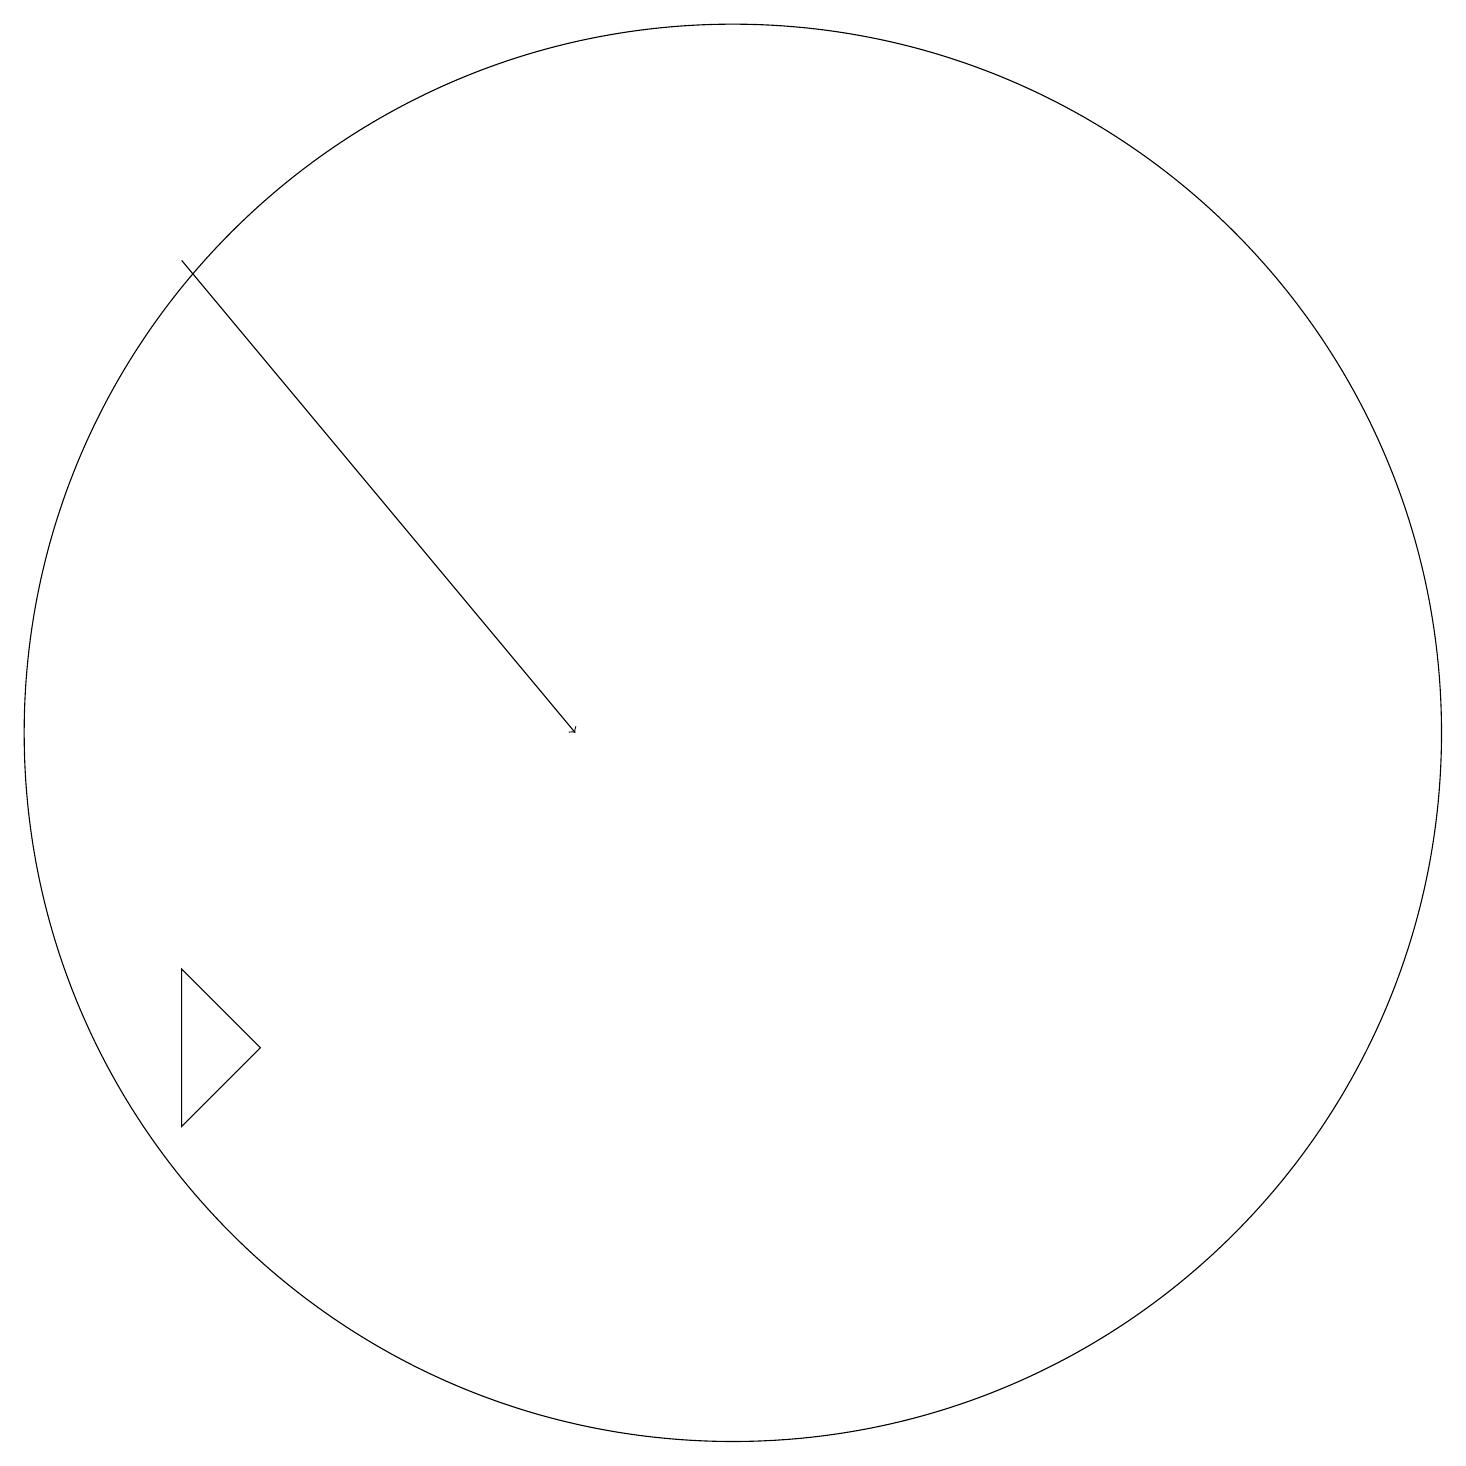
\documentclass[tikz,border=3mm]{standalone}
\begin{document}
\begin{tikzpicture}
\draw[->] (3,17) -- (8,11);
\draw (10,11) circle (9);
\draw (4,7) -- (3,6) -- (3,8) -- cycle;
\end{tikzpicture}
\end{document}